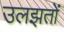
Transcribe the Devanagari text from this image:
उलझतों